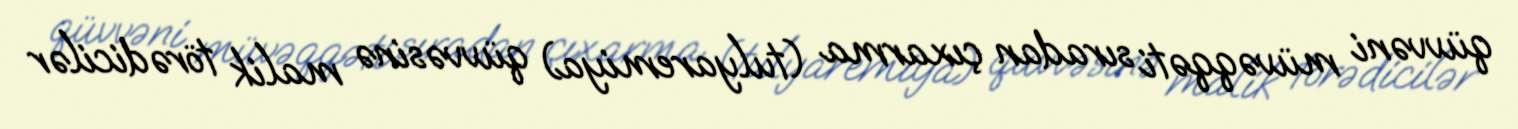
qüvvəni müvəqqəti sıradan çıxarma (tulyaremiya) qüvvəsinə malik törədicilər